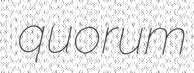
quorum